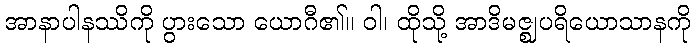
အာနာပါနဿိကို ပွားသော ယောဂီ၏။ ဝါ၊ ထိုသို့ အာဒိမဇ္ဈပရိယောသာနကို